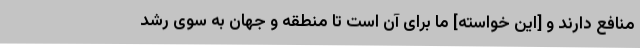
منافع دارند و [این خواسته] ما برای آن است تا منطقه و جهان به سوی رشد